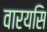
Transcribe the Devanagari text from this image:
वारयसि